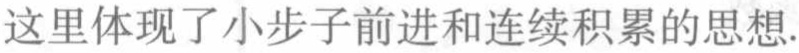
这里体现了小步子前进和连续积累的思想.